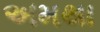
અમથા